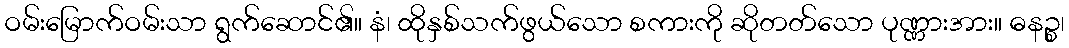
ဝမ်းမြောက်ဝမ်းသာ ရွက်ဆောင်၏။ နံ၊ ထိုနှစ်သက်ဖွယ်သော စကားကို ဆိုတတ်သော ပုဏ္ဏားအား။ ဓနဉ္စ၊